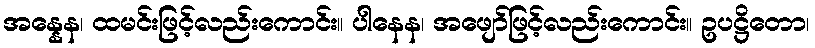
အန္နေန၊ ထမင်းဖြင့်လည်းကောင်း။ ပါနေန၊ အဖျော်ဖြင့်လည်းကောင်း။ ဥပဋ္ဌိတော၊